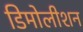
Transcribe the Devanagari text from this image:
डिमोलीशन